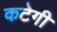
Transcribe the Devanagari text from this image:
कटेगी